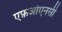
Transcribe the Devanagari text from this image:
एफ़ओएनसी